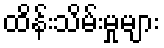
ထိန်းသိမ်းမှုများ